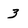
Character: 3